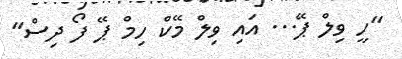
"ހީ ވިލް ޕޭ... އައި ވިލް މޭކް ހިމް ޕޭ ފޯ ދިސް"